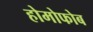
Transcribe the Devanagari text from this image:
होमोफोब